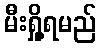
မီးရှို့ရမည်